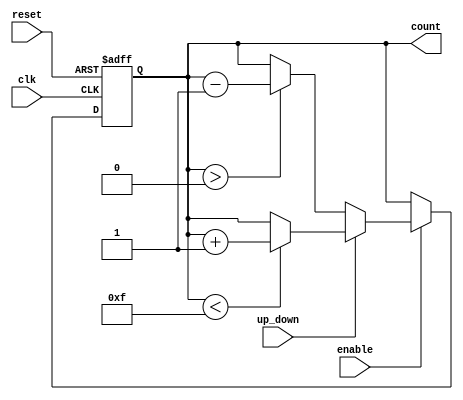
module synchronous_counter #(
    parameter WIDTH = 4 // Parameter to define the bit width of the counter
)(
    input wire clk,          // Clock signal
    input wire reset,        // Asynchronous reset signal
    input wire enable,       // Enable signal
    input wire up_down,      // Count direction control (1 for up, 0 for down)
    output reg [WIDTH-1:0] count // Current count value
);

// Asynchronous reset and synchronous counting logic
always @(posedge clk or posedge reset) begin
    if (reset) begin
        count <= 0; // Reset the counter to zero
    end else if (enable) begin
        if (up_down) begin
            // Increment the counter with overflow handling
            if (count < (1 << WIDTH) - 1) begin
                count <= count + 1; // Increment
            end
        end else begin
            // Decrement the counter with underflow handling
            if (count > 0) begin
                count <= count - 1; // Decrement
            end
        end
    end
end

endmodule